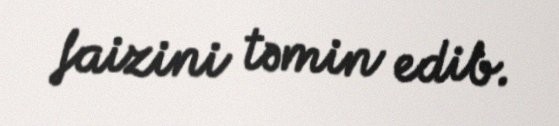
faizini təmin edib.